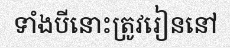
ទាំងបីនោះត្រូវរៀននៅ